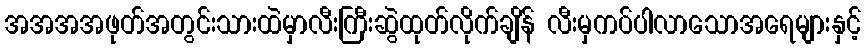
အအအအဖုတ်အတွင်းသားထဲမှာလီးကြီးဆွဲထုတ်လိုက်ချိန် လီးမှကပ်ပါလာသောအရေများနှင့်